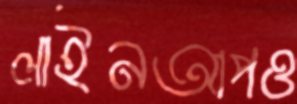
লাইনআপও